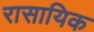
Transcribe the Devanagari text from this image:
रासायिक